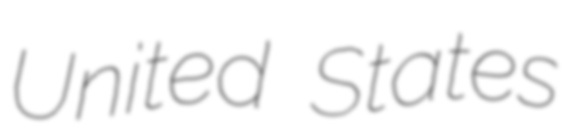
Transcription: United States